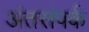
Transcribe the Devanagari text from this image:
अंतसंपर्क